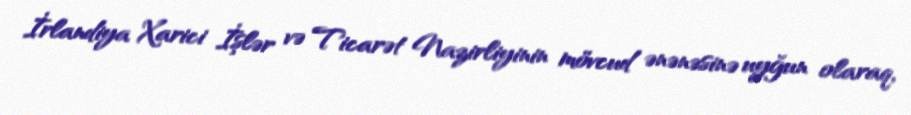
İrlandiya Xarici İşlər və Ticarət Nazirliyinin mövcud ənənəsinə uyğun olaraq,